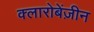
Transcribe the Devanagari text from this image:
क्लारोबेंज़ीन